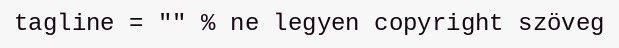
tagline = "" % ne legyen copyright szöveg